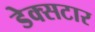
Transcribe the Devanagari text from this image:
डेक्सटार